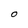
Character: 0